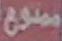
ممنوع